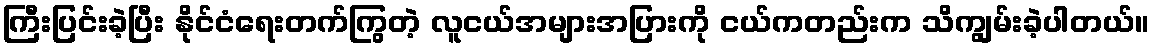
ကြီးပြင်းခဲ့ပြီး နိုင်ငံရေးတက်ကြွတဲ့ လူငယ်အများအပြားကို ငယ်ကတည်းက သိကျွမ်းခဲ့ပါတယ်။